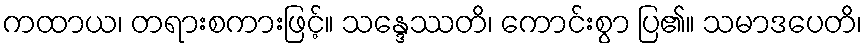
ကထာယ၊ တရားစကားဖြင့်။ သန္ဒေဿတိ၊ ကောင်းစွာ ပြ၏။ သမာဒပေတိ၊